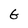
Character: G